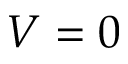
V = 0